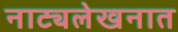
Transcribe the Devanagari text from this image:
नाट्यलेखनात